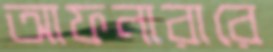
আফনারারে